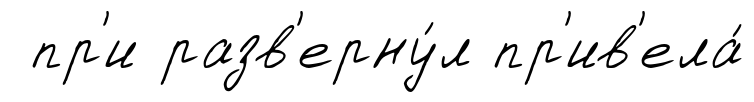
пр'и разв'ерну́л пр'ив'ела́